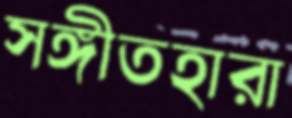
সঙ্গীতহারা